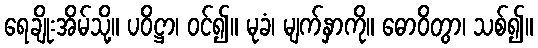
ရေချိုးအိမ်သို့။ ပဝိဋ္ဌာ၊ ဝင်၍။ မုခံ၊ မျက်နှာကို။ ဓောဝိတွာ၊ သစ်၍။